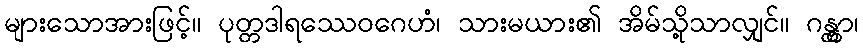
များသောအားဖြင့်။ ပုတ္တဒါရဿေဝဂေဟံ၊ သားမယား၏ အိမ်သို့သာလျှင်။ ဂန္တွာ၊